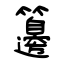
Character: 籩